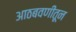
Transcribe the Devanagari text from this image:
आठबवणीतून